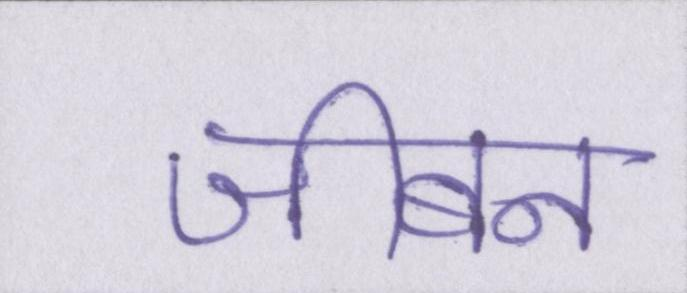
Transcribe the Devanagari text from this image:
जीबन